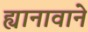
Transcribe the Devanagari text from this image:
ह्यानावाने